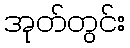
အုတ်တွင်း